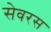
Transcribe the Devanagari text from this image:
सेवरस